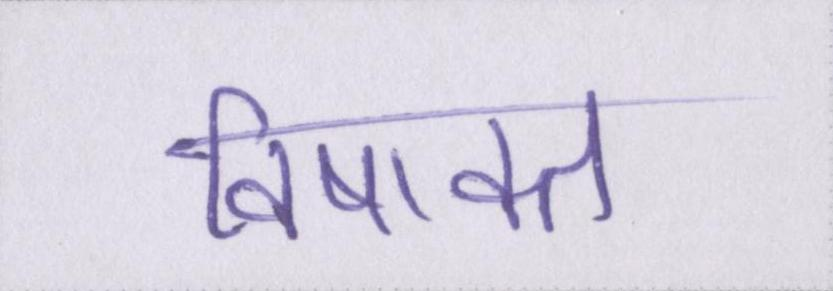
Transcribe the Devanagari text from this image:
विषाक्त